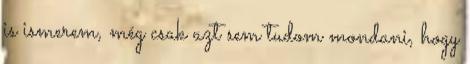
is ismerem, még csak azt sem tudom mondani, hogy